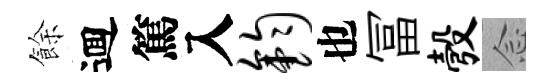
餘逥篤入钧也冨彀𫝹